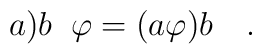
a\mathbf{)}b\;\;\varphi =(a\varphi )b\quad .